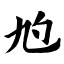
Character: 尥